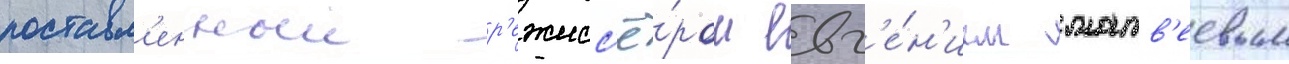
поставл'енныи р'ежисс'ё́ром евг'е́н'ием матв'еевым